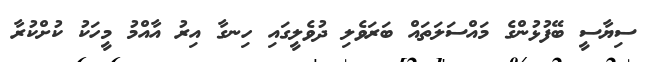
ސިޔާސީ ބޭފުޅުންގެ މައްސަލަތައް ބަރަވެލި ދުވެލީގައި ހިނގާ އިރު އާއްމު މީހަކު ކުށްކުރާ